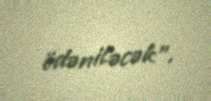
ödəniləcək”.